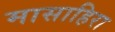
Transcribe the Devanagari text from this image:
मासाहिरा